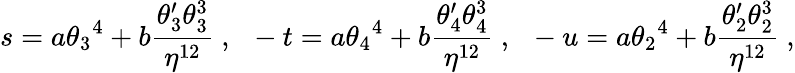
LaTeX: s=a{\theta_{3}}^{4}+b{\frac{\theta_{3}^{\prime}\theta_{3}^{3}}{\eta^{12}}}\ ,\ \ -t=a{\theta_{4}}^{4}+b{\frac{\theta_{4}^{\prime}\theta_{4}^{3}}{\eta^{12}}}\ ,\ \ -u=a{\theta_{2}}^{4}+b{\frac{\theta_{2}^{\prime}\theta_{2}^{3}}{\eta^{12}}}\ ,